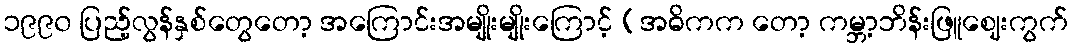
၁၉၉၀ ပြည့်လွန်နှစ်တွေတော့ အကြောင်းအမျိုးမျိုးကြောင့် (အဓိကက တော့ ကမ္ဘာ့ဘိန်းဖြူဈေးကွက်